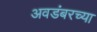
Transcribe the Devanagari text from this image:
अवडंबरच्या